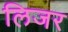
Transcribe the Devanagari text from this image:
लिजर